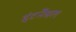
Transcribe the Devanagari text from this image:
इंटर्नैश्नल